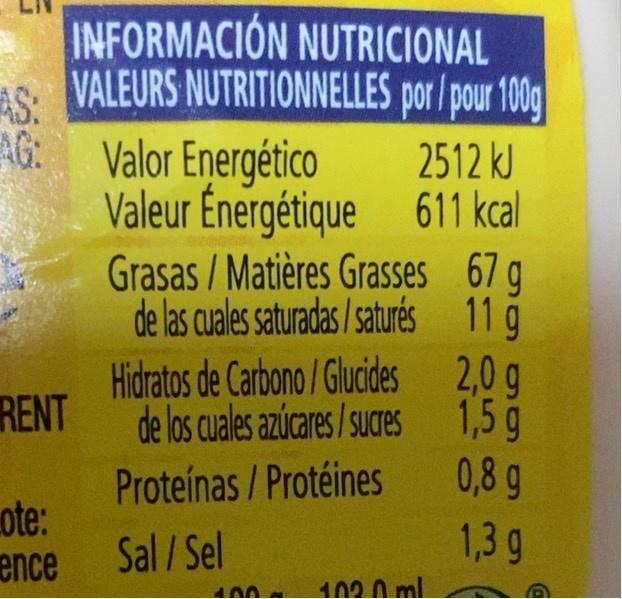
INFORMACIÓN NUTRICIONAL
AS:
VALEURS NUTRITIONNELLES por/pour 100g
AG: Valor Energético Valeur Énergétique 611 kcal Grasas / Matières Grasses 67 g de las cuales saturadas /saturés 11 g
2512 kJ
Hidratos de Carbono /Glucides 2,0 g RENT de los cuales azúcares / sures 1,5 g
Proteínas /Protéines ote: Sal / Sel
0,8g 1,3g
ence
1020 ml